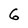
Character: 6